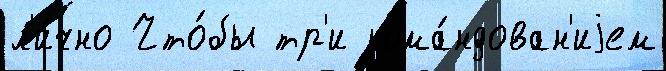
л'и́чно Что́бы тр'и кома́ндован'иjем